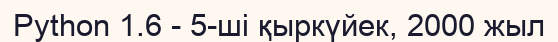
Python 1.6 - 5-ші қыркүйек, 2000 жыл